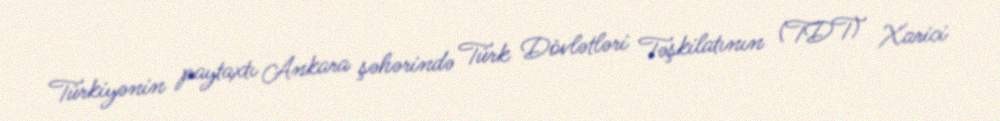
Türkiyənin paytaxtı Ankara şəhərində Türk Dövlətləri Təşkilatının (TDT) Xarici